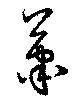
蕭